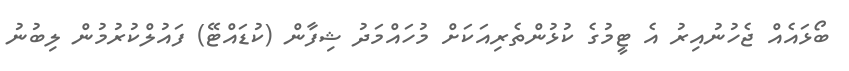
ބޯޅައެއް ޖެހުނުއިރު އެ ޓީމުގެ ކުޅުންތެރިއަކަށް މުހައްމަދު ޝިފާން (ކުޑައްޓޭ) ފައުލްކުރުމުން ލިބުނު